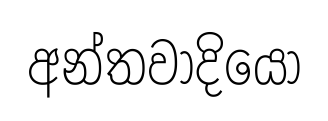
අන්තවාදියෝ